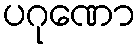
ပဂုဏော